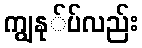
ကျွနု်ပ်လည်း